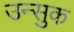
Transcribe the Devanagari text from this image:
उन्सुक